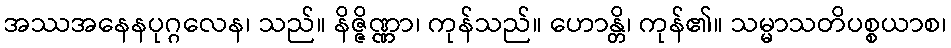
အဿအနေနပုဂ္ဂလေန၊ သည်။ နိဇ္ဇိဏ္ဏာ၊ ကုန်သည်။ ဟောန္တိ၊ ကုန်၏။ သမ္မာသတိပစ္စယာစ၊